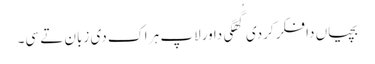
بچیاں دا فکر کردی گُھگی دا ورلاپ ہر اک دی زبان تے سی۔